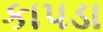
કાપડા